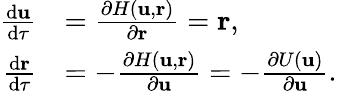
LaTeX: \begin{array}{rl}{\frac{\mathrm{d}\mathbf{u}}{\mathrm{d}\tau}}&{=\frac{\partial H(\mathbf{u},\mathbf{r})}{\partial\mathbf{r}}=\mathbf{r},}\\ {\frac{\mathrm{d}\mathbf{r}}{\mathrm{d}\tau}}&{=-\frac{\partial H(\mathbf{u},\mathbf{r})}{\partial\mathbf{u}}=-\frac{\partial U(\mathbf{u})}{\partial\mathbf{u}}.}\end{array}